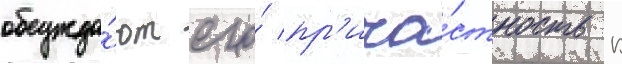
обсужда́ют его́ пр'ича́стность к